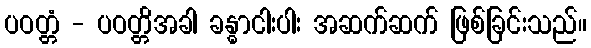
ပဝတ္တံ - ပဝတ္တိအခါ ခန္ဓာငါးပါး အဆက်ဆက် ဖြစ်ခြင်းသည်။